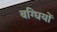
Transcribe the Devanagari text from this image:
बग्घियों